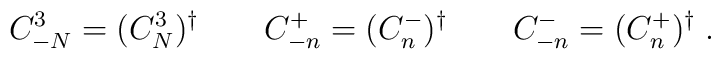
C^3_{-N} = (C^3_N)^\dagger \qquad C^+_{-n} = (C^-_n)^\dagger\qquad C^-_{-n} = (C^+_n)^\dagger\; .